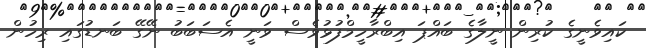
ކައިވެނީގެ ކުރިން ނީލާގެ ބައްޕަ އިބްރާހީމްފުޅުވެސް ވަނީ އެސަބަބު ނޭގޭ ބަނޑުގައި ރިހުން